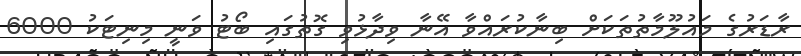
ރާޑަރުގެ މައުލޫމާތުތަކަށް ބިނާކުރައްވާ އޭނާ ވިދާޅުވި ގޮތުގައި ބޯޓު ވަނީ މިނިޓަކު 6000